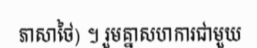
ភាសាថៃ) ។ រួមគ្នាសហការជាមួយ